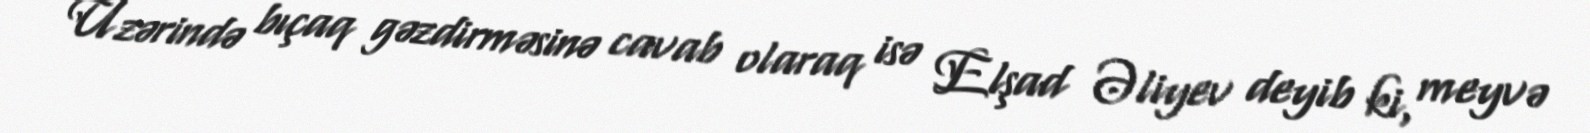
Üzərində bıçaq gəzdirməsinə cavab olaraq isə Elşad Əliyev deyib ki, meyvə